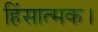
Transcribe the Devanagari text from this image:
हिंसात्मक।